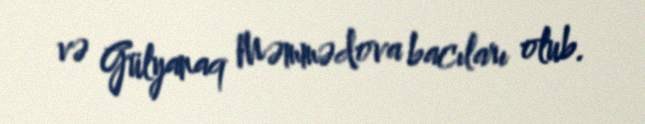
və Gülyanaq Məmmədova bacıları olub.